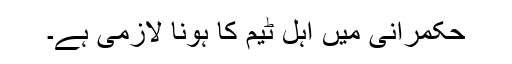
حکمرانی میں اہل ٹیم کا ہونا لازمی ہے۔